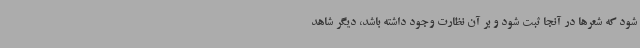
شود که شعرها در آنجا ثبت شود و بر آن نظارت وجود داشته باشد، دیگر شاهد